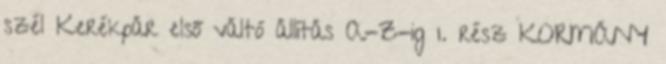
szél Kerékpár első váltó állítás A-Z-ig 1. rész KORMÁNY